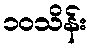
၁၀သိန်း